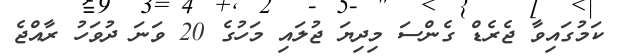
ކަމުގައިވާ ޖެރެޑް ގެންސަ މިދިޔަ ޖުލައި މަހުގެ 20 ވަނަ ދުވަހު ރާއްޖެ